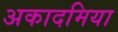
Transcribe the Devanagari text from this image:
अकादमिया